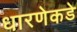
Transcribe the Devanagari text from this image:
धारणेकडे